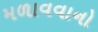
મળાવવાનો